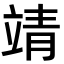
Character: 靖